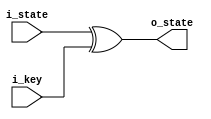
/*
  *
  * Module: add_round_key
  * Description: it takes a state and a key each 128 bits and xor's them
  * 
  * Inputs:
  *   i_state: state
  *   i_key: key
  * Outputs:
  *   o_state: state
  *
*/

module add_round_key (
    i_state,
    i_key,
    o_state
);

input wire [127:0] i_state, i_key;
output wire [127:0] o_state;

assign o_state = i_state ^ i_key;

endmodule